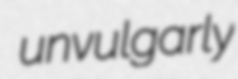
unvulgarly